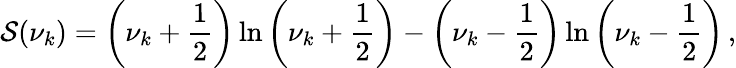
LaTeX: \mathcal{S}(\nu_{k})=\left(\nu_{k}+\frac{1}{2}\right)\ln\left(\nu_{k}+\frac{1}{2}\right)-\left(\nu_{k}-\frac{1}{2}\right)\ln\left(\nu_{k}-\frac{1}{2}\right)\, ,